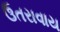
ઉતરાવાય